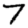
Digit: 7